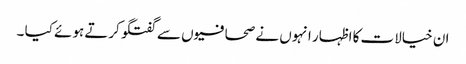
ان خیالات کا اظہار انہوں نے صحافیوں سے گفتگو کرتے ہوئے کیا ۔